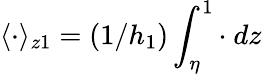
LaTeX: \langle\cdot\rangle_{z1}=(1/h_{1})\int_{\eta}^{1}\cdot\ dz